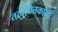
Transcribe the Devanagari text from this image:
तत्वचिंतकांनी